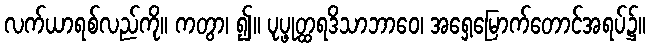
လက်ယာရစ်လည်ကို။ ကတွာ၊ ၍။ ပုပ္ဖုတ္ထရဒိသာဘာဝေ၊ အရှေ့မြောက်တောင်အရပ်၌။